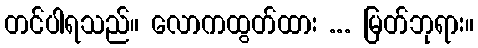
တင်ပါရသည်။ လောကထွတ်ထား ... မြတ်ဘုရား။